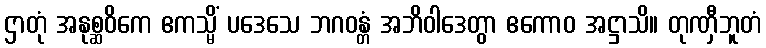
ဌာတုံ အနုစ္ဆဝိကေ ဧကသ္မိံ ပဒေသေ ဘဂဝန္တံ အဘိဝါဒေတွာ ဧကောဝ အဋ္ဌာသိ။ တုဏှီဘူတံ